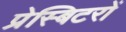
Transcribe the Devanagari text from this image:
प्रेस्बिटरों